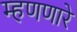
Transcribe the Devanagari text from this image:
म्हणणारे